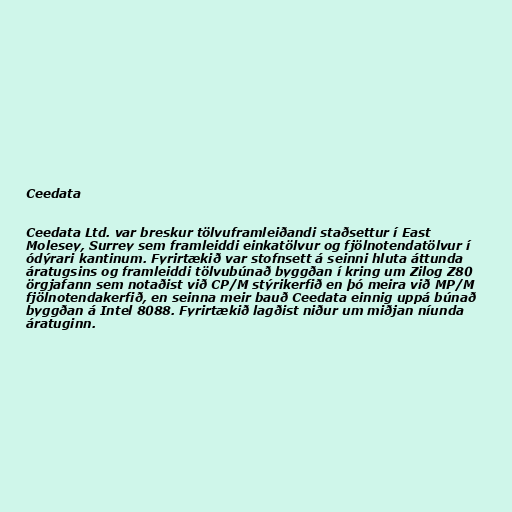
Ceedata

Ceedata Ltd. var breskur tölvuframleiðandi staðsettur í East
Molesey, Surrey sem framleiddi einkatölvur og fjölnotendatölvur í
ódýrari kantinum. Fyrirtækið var stofnsett á seinni hluta áttunda
áratugsins og framleiddi tölvubúnað byggðan í kring um Zilog Z80
örgjafann sem notaðist við CP/M stýrikerfið en þó meira við MP/M
fjölnotendakerfið, en seinna meir bauð Ceedata einnig uppá búnað
byggðan á Intel 8088. Fyrirtækið lagðist niður um miðjan níunda
áratuginn.